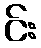
င်း